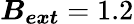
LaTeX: \boldsymbol{B_{ext}}=1.2